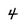
Character: 4